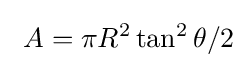
\ A=\pi R^{2}\tan ^{2}\theta /2